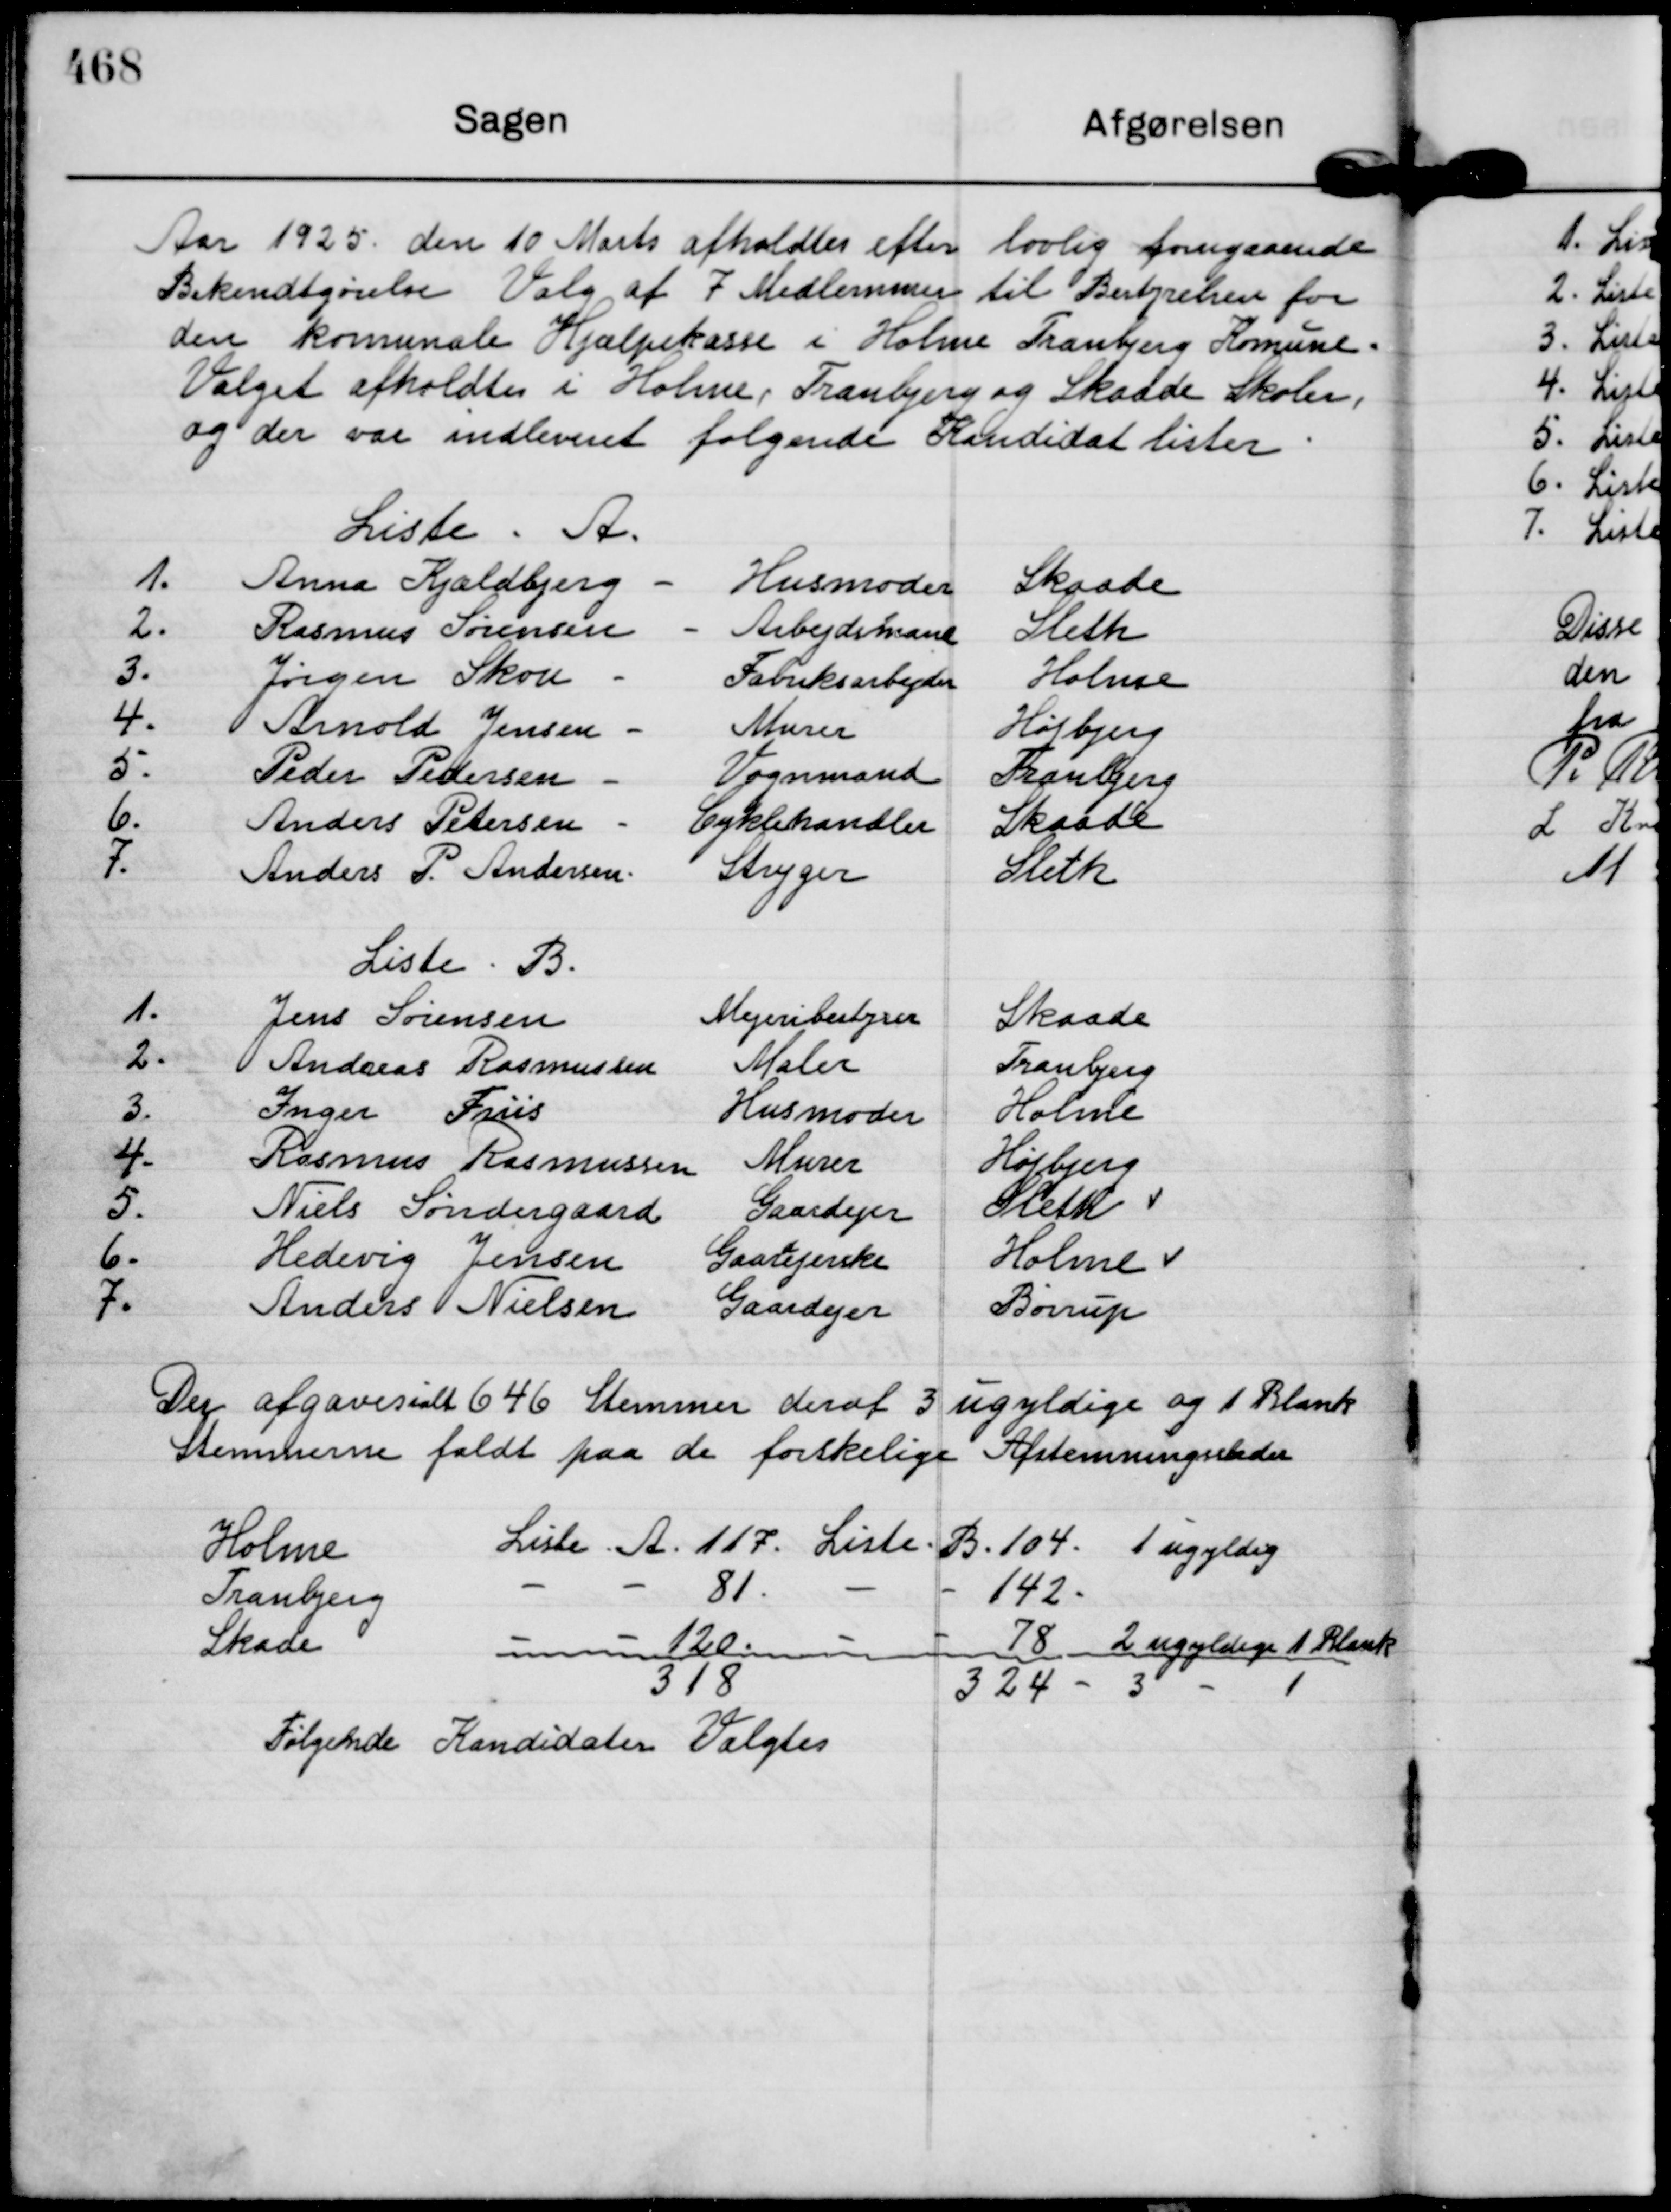
Transskription:
Aar 1925. den 10 Marts afholdtes efter lovlig forugaaende
Bekendtgørelse Valg af 7 Medlemmer til Bestyrelsen for 
den komunale Hjælpekasse i Holme Tranbjerg Komune.
Valget afholdtes i Holme, Tranbjerg og Skaade Skoler,
og der var indleveret følgende Kandidat lister.

Liste. A.

1.
Anna Kjældbjerg -
Husmoder
Skaade
2.
Rasmus Sørensen -
Arbejdsmand
Sleth
3.
Jørgen Skou -
Fabriksarbejder
Holme
4.
Arnold Jensen -
Murer
Højbjerg
5.
Peder Pedersen -
Vognmand
Tranbjerg
6.
Anders Petersen -
Cyklehandler
Skaade
7.
Anders P. Andersen -
Stryger
Sleth

Liste. B.

1.
Jens Sørensen
Mejeribestyrer
Skaade
2.
Anders Rasmussen
Maler
Tranbjerg
3.
Inger Friis
Husmoder
Holme
4.
Rasmus Rasmussen
Murer
Højbjerg
5.
Niels Søndergaard
Gaardejer
Sleth
6.
Hedevig Jensen
Gaardejerske


Holme
7.
Anders Nielsen
Gaardejer
Børrup

Der afgaves ialt 646 Stemmer deraf 3 ugyldige og 1 Blank
Stemmerne faldt paa de forskellige Afstemningssteder

Holme
Liste. A 117. Liste. B. 104. 1 ugyldig
Tranbjerg
- - 81. - - 142.
Skaade
- - 120. - - 78 - 2 ugyldige 1 Blank
318
324 - 3 - 1

Følgende Kandidater Valgtes